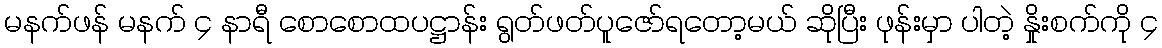
မနက်ဖန် မနက် ၄ နာရီ စောစောထပဋ္ဌာန်း ရွတ်ဖတ်ပူဇော်ရတော့မယ် ဆိုပြီး ဖုန်းမှာ ပါတဲ့ နှိုးစက်ကို ၄